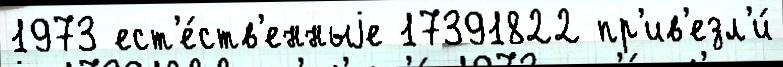
1973 ест'е́ств'енныjе 17391822 пр'ив'езл'и́